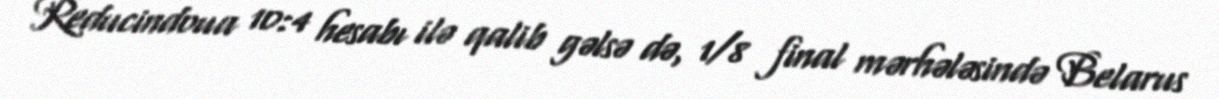
Reducindoua 10:4 hesabı ilə qalib gəlsə də, 1/8 final mərhələsində Belarus